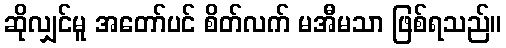
ဆိုလျှင်မူ အတော်ပင် စိတ်လက် မအီမသာ ဖြစ်ရသည်။